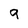
Character: q